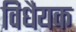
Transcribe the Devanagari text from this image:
विधैयक